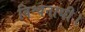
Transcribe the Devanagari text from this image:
विश्वनाथी।